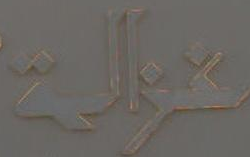
عالم